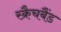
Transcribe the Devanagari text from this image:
स्क्रैचबैंड